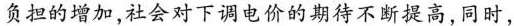
负担的增加，社会对下调电价的期待不断提高，同时，